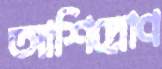
আশিদ্রোণ